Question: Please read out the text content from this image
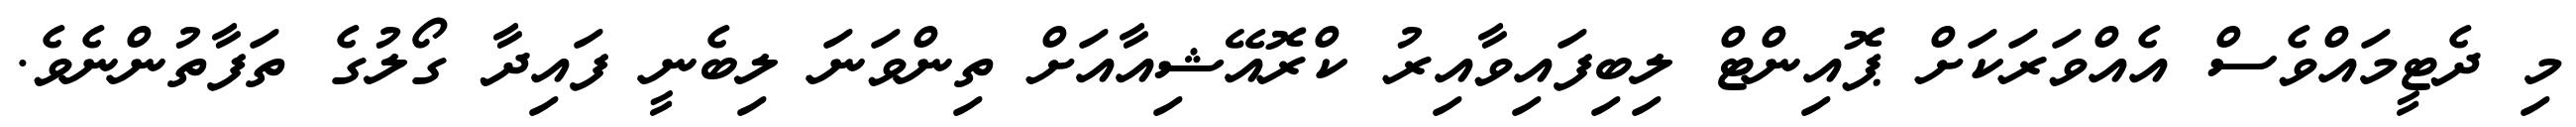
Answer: މި ދެޓީމައްވެސް އެއްވަރަކަށް ޕޮއިންޓް ލިބިފައިވާއިރު ކްރޮއޭޝިއާއަށް ތިންވަނަ ލިބެނީ ފައިދާ ގޯލުގެ ތަފާތުންނެވެ.